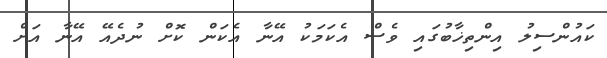
ކައުންސިލު އިންތިޚާބުގައި ވެސް އެކަމަކު އޭނާ އެކަން ކޮށް ނުދެެއޭ އޭނާ އަށް